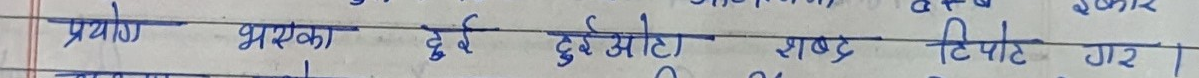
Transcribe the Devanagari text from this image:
प्रयोग भएका दुई दुई ओटा शब्द टिपोर्ट गर ।